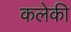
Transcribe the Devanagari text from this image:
कलेकी